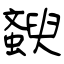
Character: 斔